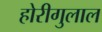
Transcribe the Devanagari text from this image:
होरीगुलाल